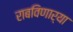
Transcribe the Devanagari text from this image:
राबविणार्या